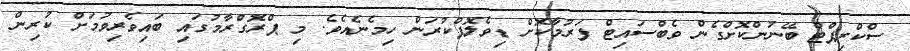
ސްކްރިޕްޓް ބޭނުންކޮށްގެން ވެބްސައިޓް ފަރުމާކޮށް ޑިވެލޮޕްކުރަން ހިމެނެއެވެ. މި ޕްރޮގްރާމުގައި ބައިވެރިވުމަށް ކުރިން